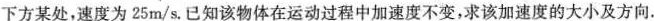
下方某处，速度为25m/s。已知该物体在运动过程中加速度不变，求该加速度的大小及方向.